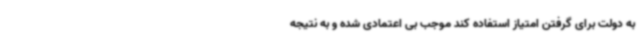
به دولت برای گرفتن امتیاز استفاده کند موجب بی اعتمادی شده و به نتیجه